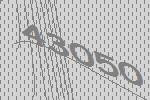
43050